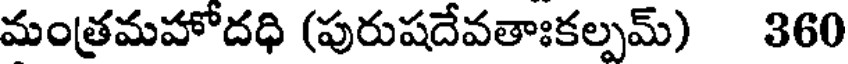
మంత్రమహోదధి (పురుషదేవతాఃకల్పమ్) 360